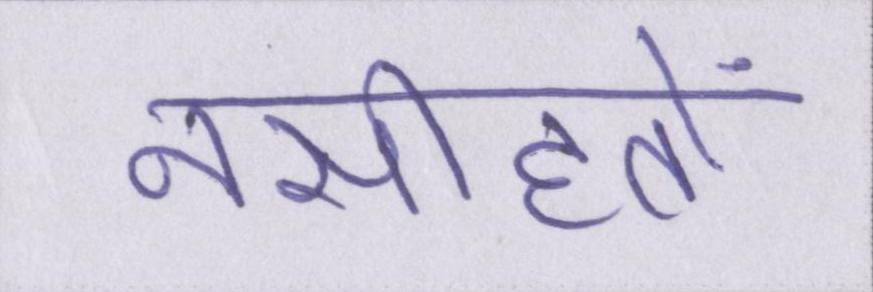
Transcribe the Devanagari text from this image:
नसीहतों